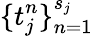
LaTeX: \{ t_{j}^{n}\} _{n=1}^{s_{j}}